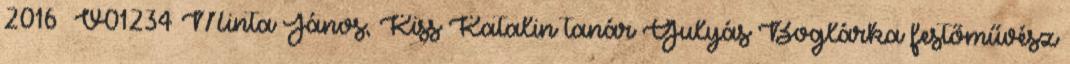
2016 V01234 Minta János, Kiss Katalin tanár Gulyás Boglárka festőművész